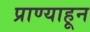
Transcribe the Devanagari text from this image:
प्राण्याहून